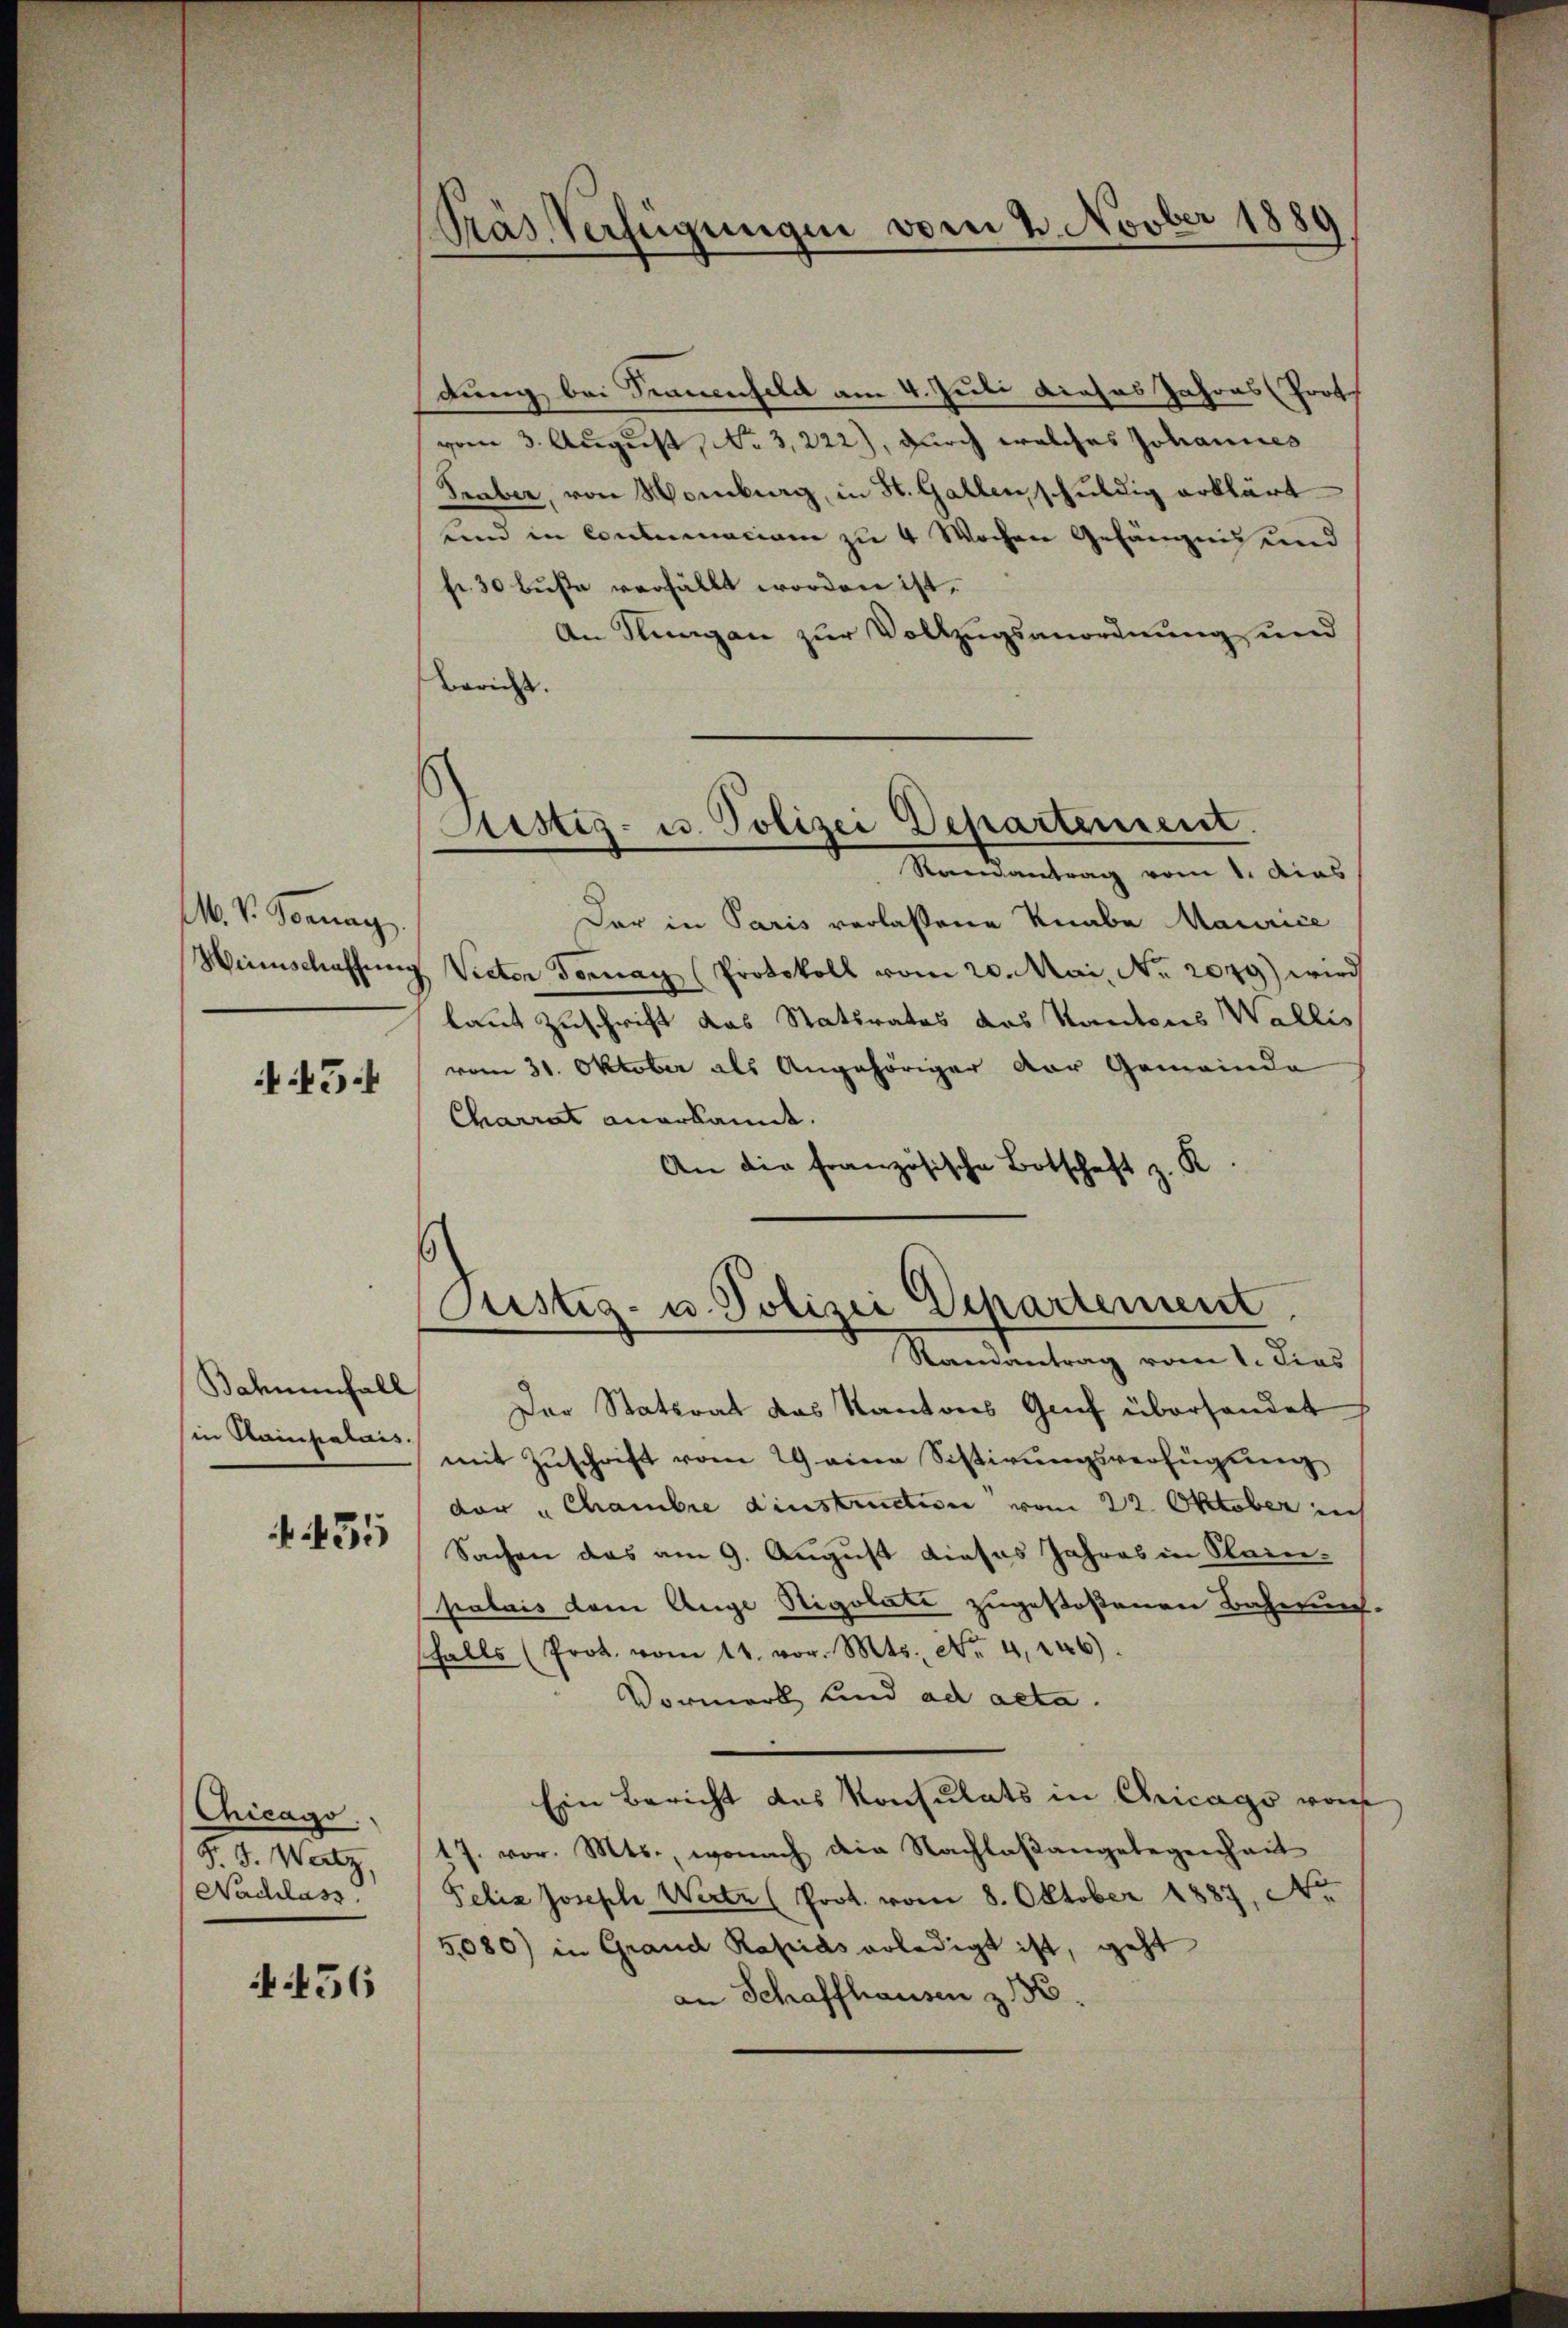
M. V. Peenag

454

Bahnenfall
(in Stainpalais.

35

Chicago
F. J. Watz,
Nachlass

456

dung bei Trauenfeld am 4. Juli dieses Jahres Proth
vom 3. August, No 3,222), durch welches Johannes
Traber, von Momburg, in St. Gallen schuldig erklärt
und in Concernaciom zu 4 Wochen Gefängnis und
fr. 30 buße verfällt worden ist.
An Stungen zur Vollzugsanordnung und
Bericht.
1
Sistiz- u. Polizei Departement.
Randantrag vom 1. dies
Dar in Paris verlassene Knabe Maurice
Weinschaffŭng Vieter Fornay (Protokoll vom 20. Mai, No. 2079) wird
laut Zuschrift das Statsrates das Kantons Wallis
vom 31. Oktober als Angehöriger der Gemeinde
Charrat anerkannt.
An die französische Botschaft z. K.

Präs. Verfügungen vom 4. Novber 1889

Rustiz- u. Polizei Departement
Mandantung vom 1. Dies

Der Statsrat das Kantons Gruf überhandet
mit Zuschrift vom 29 eine Sistirungsverfügung
der " Chambre dinstruction vom 22. Oktober ich
Sachen das am 9. August dieses Jahres in Stein-
palais dem Auge Stigolati zugestoßenen Bahnung.
falls (Prot. vom 11. vor. Mts., Nr. 4, 246.
Vormerk und ad acta.
Ein Bericht das Konsulats in Chicago vom
17. vor. Mts., wonach die Nachlaßangelegenheit
Pelia Joseph Werter (Prot. vom 8. Oktober 1887, No
5,080) in Grand Rapias erledigt ist, geht
an Schaffhausen z 136.